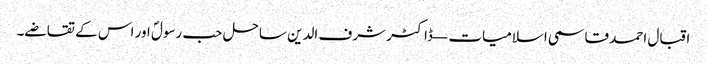
اقبال احمد قاسمی اسلامیات — ڈاکٹر شرف الدین ساحل حب رسولؐ اور اس کے تقاضے۔